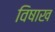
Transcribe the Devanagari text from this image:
विषाख